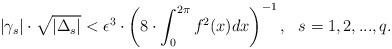
LaTeX: \begin{align*}|\gamma_s| \cdot \sqrt {|\Delta_s|}<\epsilon^3 \cdot \left( 8\cdot \int_0^{2\pi} f^2(x)dx \right)^{-1},\ \ s=1,2,...,q.\end{align*}